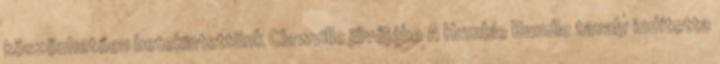
köszönhetően betekintettünk Clawville jövőjébe A Humble Bundle tavaly indította